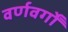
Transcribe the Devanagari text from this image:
वर्णवर्गों